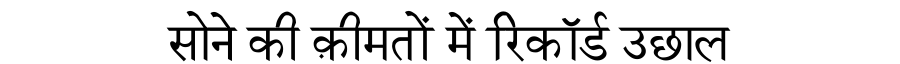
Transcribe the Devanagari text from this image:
सोने की क़ीमतों में रिकॉर्ड उछाल